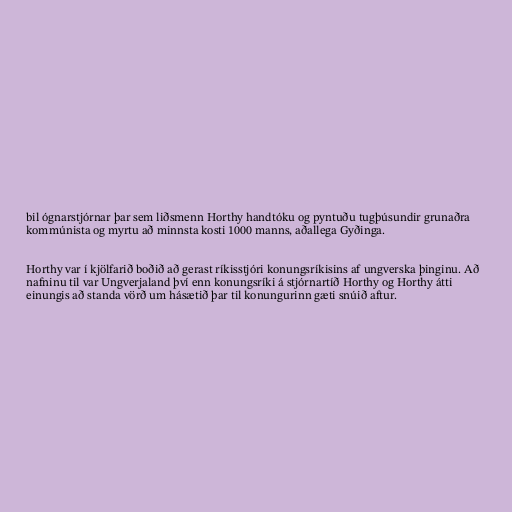
bil ógnarstjórnar þar sem liðsmenn Horthy handtóku og pyntuðu tugþúsundir grunaðra
kommúnista og myrtu að minnsta kosti 1000 manns, aðallega Gyðinga.

Horthy var í kjölfarið boðið að gerast ríkisstjóri konungsríkisins af ungverska þinginu. Að
nafninu til var Ungverjaland því enn konungsríki á stjórnartíð Horthy og Horthy átti
einungis að standa vörð um hásætið þar til konungurinn gæti snúið aftur.